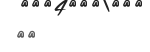
٤٢